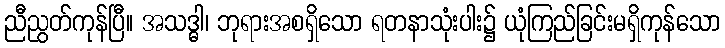
ညီညွတ်ကုန်ပြီ။ အသဒ္ဓါ၊ ဘုရားအစရှိသော ရတနာသုံးပါး၌ ယုံကြည်ခြင်းမရှိကုန်သော